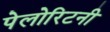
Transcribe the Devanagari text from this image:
पेलोरिटनी